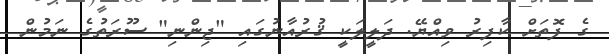
ގެ ފޮތަށް ކާފިރު ވިއްޔޭ. ދަލީލަކީ ޤުރުއާނުގައި "ޖިންނި" ސޫރަތުގެ ނަމުން